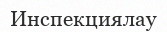
Инспекциялау